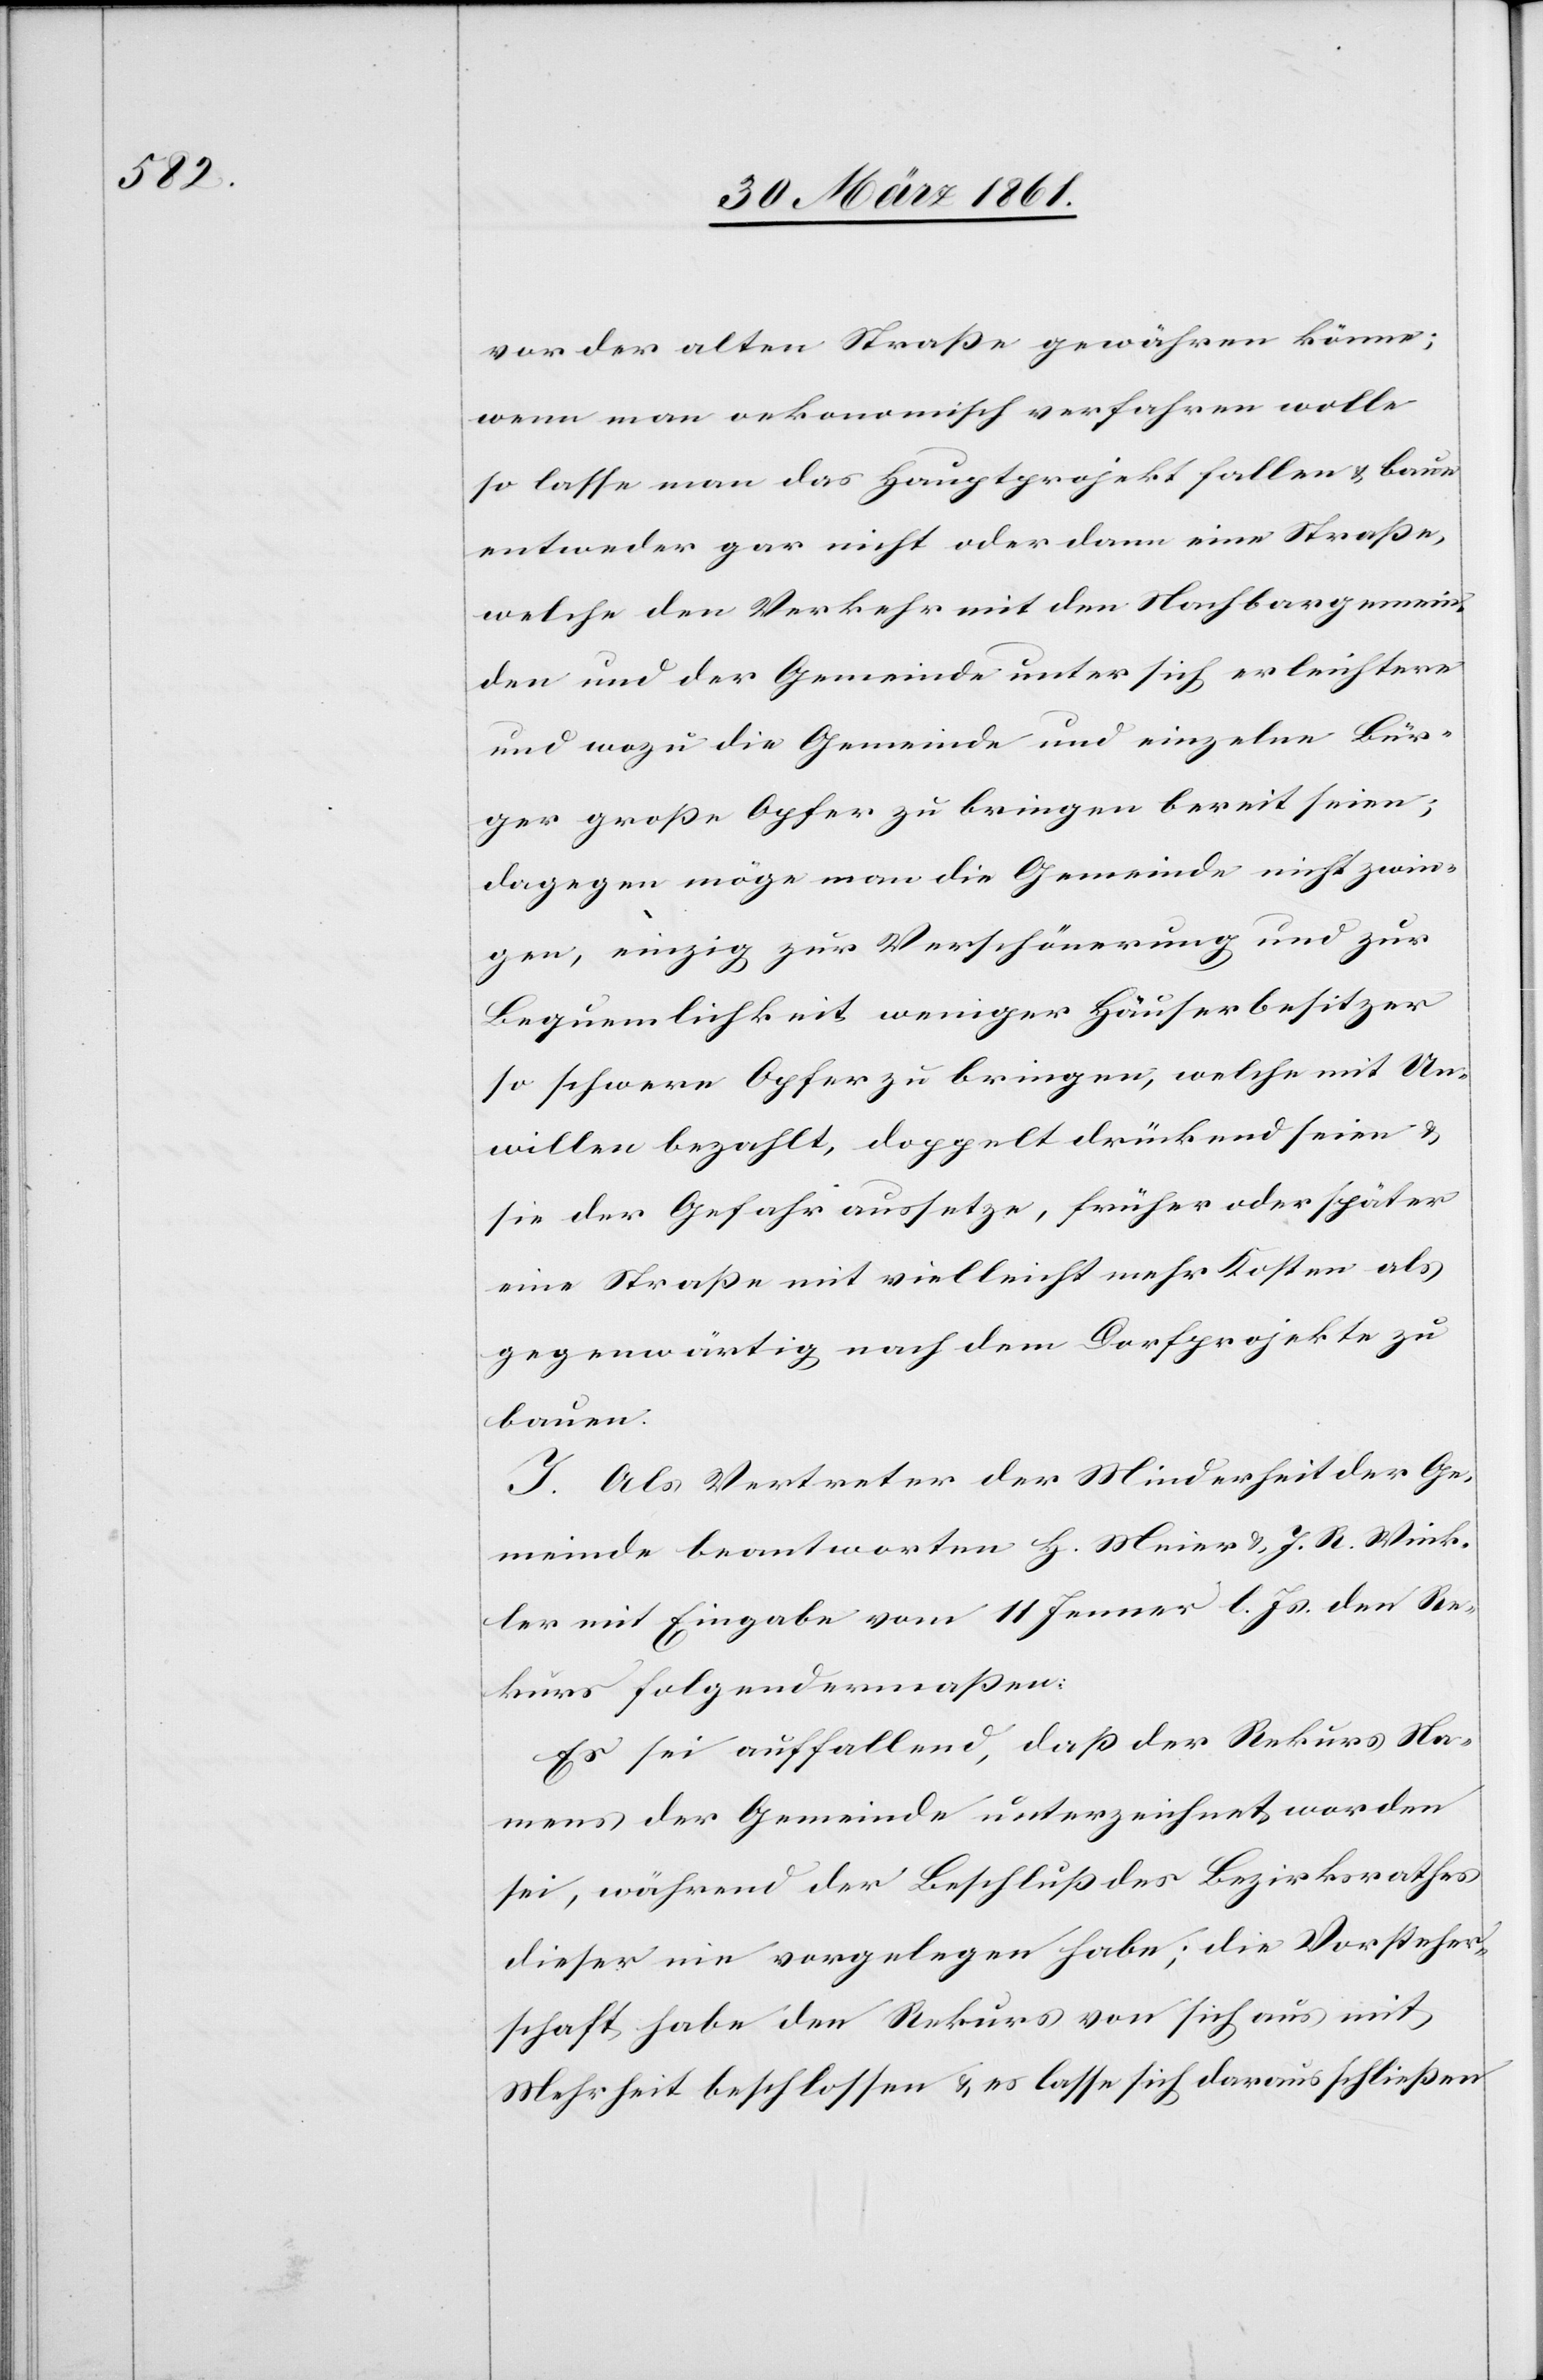
vor der alten Straße gewähren könne;
wenn man oekonomisch verfahren wolle
so lasse man das Hauptprojekt fallen u. baue
entweder gar nicht oder dann eine Straße,
welche den Verkehr mit den Nachbargemein¬
den und der Gemeinde unter sich erleichtere
und wozu die Gemeinde und einzelne Bür¬
ger große Opfer zu bringen bereit seien;
dagegen möge man die Gemeinde nicht zwin¬
gen, einzig zur Verschönerung und zur
Bequemlichkeit weniger Häuserbesitzer
so schwere Opfer zu bringen, welche mit Un¬
willen bezahlt, doppelt drückend seien u.
sie der Gefahr aussetze, früher oder später
eine Straße mit vielleicht mehr Kosten als
gegenwärtig nach dem Dorfprojekte zu
bauen.
J. Als Vertreter der Minderheit der Ge¬
meinde beantworten H. Meier u. J. R. Wink¬
ler mit Eingabe vom 11. Jenner l. Js. den Re¬
kurs folgendermassen:
Es sei auffallend, daß der Rekurs Na¬
mens der Gemeinde unterzeichnet worden
sei, während der Beschluß des Bezirksrathes
dieser nie vorgelegen habe; die Vorsteher¬
schaft habe den Rekurs von sich aus mit
Mehrheit beschlossen u. es lasse sich daraus schließen